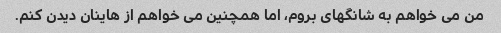
من می خواهم به شانگهای بروم، اما همچنین می خواهم از هاینان دیدن کنم.